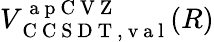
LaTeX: V_{\mathrm{~C~C~S~D~T~,~v~a~l~}}^{\mathrm{~a~p~C~V~Z~}}(R)